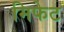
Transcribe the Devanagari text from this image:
मिफेट